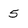
Character: 5